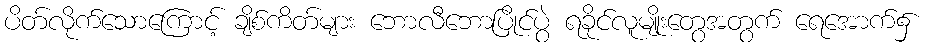
ပိတ်လိုက်သောကြောင့် ချိစ်ကိတ်များ ဘောလီဘောပြိုင်ပွဲ ရခိုင်လူမျိုးတွေအတွက် ရေအောက်၌